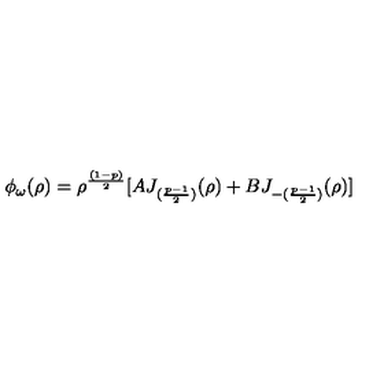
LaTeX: \phi _ { \omega } ( \rho ) = \rho ^ { \frac { ( 1 - p ) } { 2 } } [ A J _ { ( { \frac { p - 1 } { 2 } } ) } ( \rho ) + B J _ { - ( { \frac { p - 1 } { 2 } } ) } ( \rho ) ]